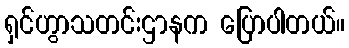
ရှင်ဟွာသတင်းဌာနက ပြောပါတယ်။